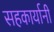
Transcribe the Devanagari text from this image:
सहकार्यानी